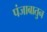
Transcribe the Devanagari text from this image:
पंजाबातुन